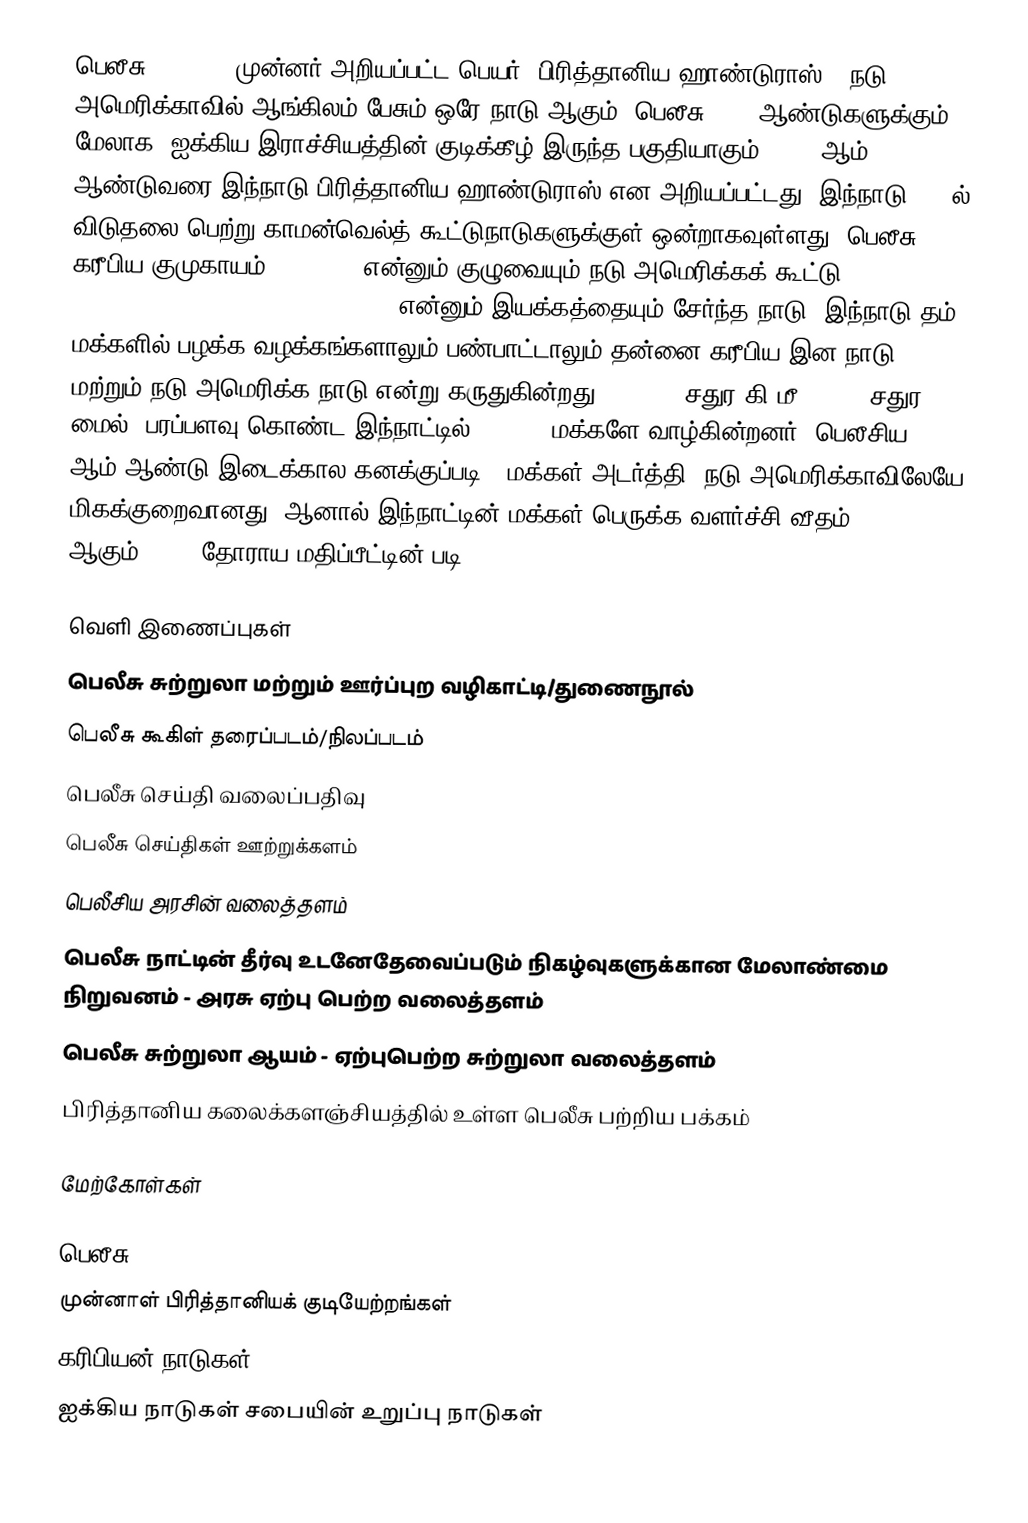
பெலீசு (IPA: ), முன்னர் அறியப்பட்ட பெயர்: பிரித்தானிய ஹாண்டுராஸ்), நடு அமெரிக்காவில் ஆங்கிலம் பேசும் ஒரே நாடு ஆகும். பெலீசு, 100 ஆண்டுகளுக்கும் மேலாக, ஐக்கிய இராச்சியத்தின் குடிக்கீழ் இருந்த பகுதியாகும். 1973 ஆம் ஆண்டுவரை இந்நாடு பிரித்தானிய ஹாண்டுராஸ் என அறியப்பட்டது. இந்நாடு 1981ல் விடுதலை பெற்று காமன்வெல்த் கூட்டுநாடுகளுக்குள் ஒன்றாகவுள்ளது. பெலீசு கரீபிய குமுகாயம் (CARICOM) என்னும் குழுவையும் நடு அமெரிக்கக் கூட்டு (Sistema de Integración Centroamericana (SICA)) என்னும் இயக்கத்தையும் சேர்ந்த நாடு.  இந்நாடு தம் மக்களில் பழக்க வழக்கங்களாலும் பண்பாட்டாலும் தன்னை கரீபிய இன நாடு மற்றும் நடு அமெரிக்க நாடு என்று கருதுகின்றது. 22, 960 சதுர கி.மீ (8,867 சதுர மைல்) பரப்பளவு கொண்ட இந்நாட்டில் 294,385 மக்களே வாழ்கின்றனர் (பெலீசிய 2007 ஆம் ஆண்டு இடைக்கால கனக்குப்படி). மக்கள் அடர்த்தி, நடு அமெரிக்காவிலேயே மிகக்குறைவானது. ஆனால் இந்நாட்டின் மக்கள் பெருக்க வளர்ச்சி வீதம் 3.5% ஆகும் (2006 தோராய மதிப்பீட்டின் படி).

வெளி இணைப்புகள்
 பெலீசு சுற்றுலா மற்றும் ஊர்ப்புற வழிகாட்டி/துணைநூல்
 பெலீசு கூகிள் தரைப்படம்/நிலப்படம்
 பெலீசு செய்தி வலைப்பதிவு
 பெலீசு செய்திகள் ஊற்றுக்களம்
 பெலீசிய அரசின் வலைத்தளம்
 பெலீசு நாட்டின் தீர்வு உடனேதேவைப்படும் நிகழ்வுகளுக்கான மேலாண்மை நிறுவனம் - அரசு ஏற்பு பெற்ற வலைத்தளம்
 பெலீசு சுற்றுலா ஆயம் - ஏற்புபெற்ற சுற்றுலா வலைத்தளம்
 பிரித்தானிய கலைக்களஞ்சியத்தில் உள்ள பெலீசு பற்றிய பக்கம்

மேற்கோள்கள்

பெலீசு
முன்னாள் பிரித்தானியக் குடியேற்றங்கள்
கரிபியன் நாடுகள்
ஐக்கிய நாடுகள் சபையின் உறுப்பு நாடுகள்